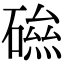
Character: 𥕃